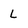
Character: L